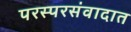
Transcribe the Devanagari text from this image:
परस्परसंवादात